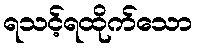
ရသင့်ရထိုက်သော